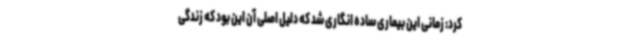
کرد: زمانی این بیماری ساده انگاری شد که دلیل اصلی آن این بود که زندگی